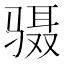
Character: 䯅